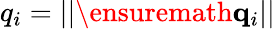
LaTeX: q_{i}=||\ensuremath{\mathbf{q}}_{i}||